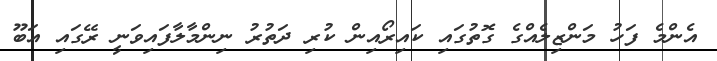
އެންމެ ފަހު މަންޒިލެއްގެ ގޮތުގައި ކައިރޯއިން ކުރި ދަތުރު ނިންމާލާފައިވަނީ ރޭގައި އަބޫ